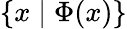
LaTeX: \{ x\mid\Phi(x)\}